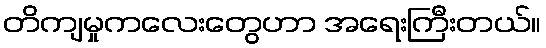
တိကျမှုကလေးတွေဟာ အရေးကြီးတယ်။